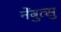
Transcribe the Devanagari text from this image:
नेंबुत्सु